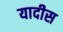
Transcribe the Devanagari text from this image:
यादीस